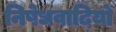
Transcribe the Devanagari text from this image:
निषेधवादियों